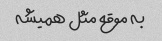
به موقع مثل همیشه